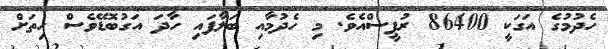
ހެދުމުގެ އަގަކީ 86400 ރުޕީސްއެވެ. މި ހެދުމާއި ބަލާފައި ހާދަ އަގުބޮޑޭވެސް ހިތަށް